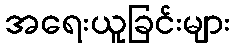
အရေးယူခြင်းများ